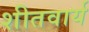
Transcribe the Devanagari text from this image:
शीतवार्य